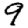
Digit: 9